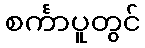
စင်္ကာပူတွင်